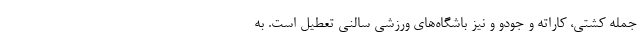
جمله کشتی، کاراته و جودو و نیز باشگاه‌های ورزشی سالنی تعطیل است. به